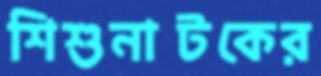
শিশুনাটকের